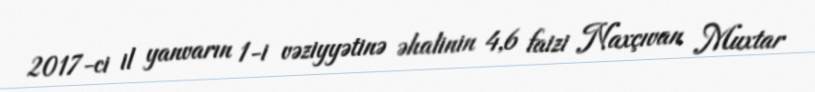
2017-ci il yanvarın 1-i vəziyyətinə əhalinin 4,6 faizi Naxçıvan Muxtar